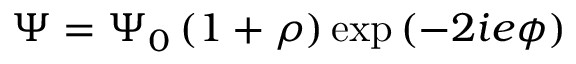
\Psi = \Psi _ { 0 } \left( 1 + \rho \right) \exp \left( - 2 i e \phi \right)